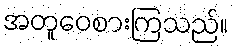
အတူဝေစားကြသည်။